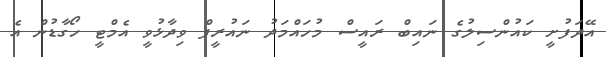
އޭދަފުށީ ކައުންސިލުގެ ނައިބް ރައީސް މުހައްމަދު ނައުރީފް ވިދާޅުވީ އެމްޓީ ހޯގާޑުން އެ